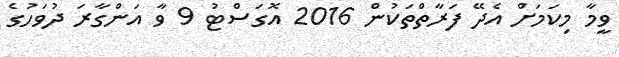
ވީމާ މިކަމަށް އެދޭ ފަރާތްތަކުން 2016 އޮގަސްޓު 9 ވާ އަންގާރަ ދުވަހުގެ